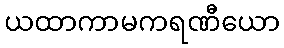
ယထာကာမကရဏီယော